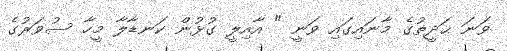
ވަނަ ޙަދީޡުގެ މާނައިގައި ވަނީ " އާއިލީ ގުޅުން ކަނޑާލާ މީހާ ސުވަރުގެ